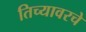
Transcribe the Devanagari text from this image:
तिच्यावरचे